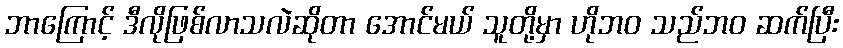
ဘာကြောင့် ဒီလိုဖြစ်လာသလဲဆိုတာ အောင်မယ် သူတို့မှာ ဟိုဘဝ သည်ဘဝ ဆက်ပြီး